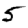
Digit: 5